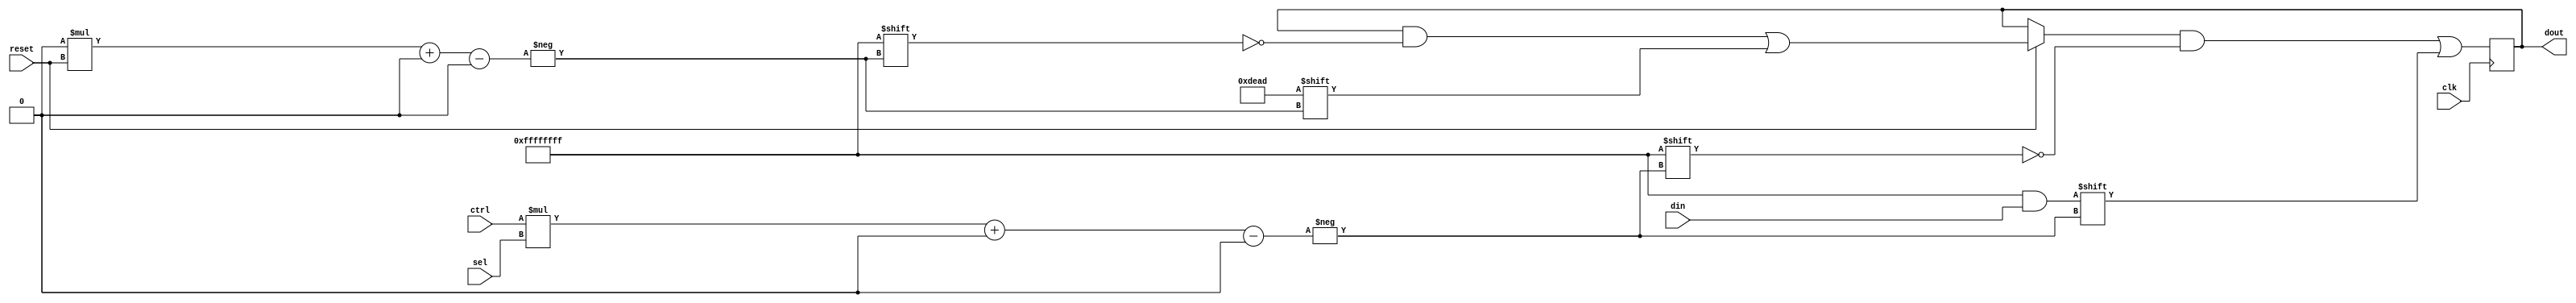
`default_nettype none
module reset_test  #(parameter WIDTH=32, SELW=1, CTRLW=$clog2(WIDTH), DINW=2**SELW)
   (input wire             clk,
    input wire             reset,
    input wire [CTRLW-1:0] ctrl,
    input wire [DINW-1:0]  din,
    input wire [SELW-1:0]  sel,
    output reg [WIDTH-1:0] dout);
   
   reg [SELW:0] 		   i;
   wire [SELW-1:0] 	   rval = {reset, {SELW-1{1'b0}}};
   localparam SLICE = WIDTH/(SELW**2);
   // Doing exotic reset. masking 2 LSB bits to 0, 6 MSB bits to 1 for
   // whatever reason.
   always @(posedge clk) begin
      if (reset) begin: reset_mask
         for (i = 0; i < {SELW{1'b1}}; i=i+1) begin
            dout[i*rval+:SLICE] <= 32'hDEAD;
         end
      end
      dout[ctrl*sel+:SLICE] <= din;
   end
endmodule